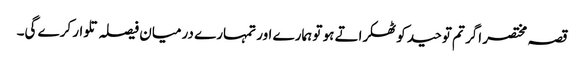
قصہ مختصر اگر تم توحید کو ٹھکراتے ہو تو ہمارے اور تمہارے درمیان فیصلہ تلوار کرے گی۔